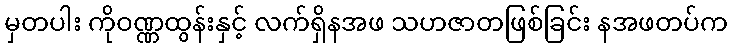
မှတပါး ကိုဝဏ္ဏထွန်းနှင့် လက်ရှိနအဖ သဟဇာတဖြစ်ခြင်း နအဖတပ်က